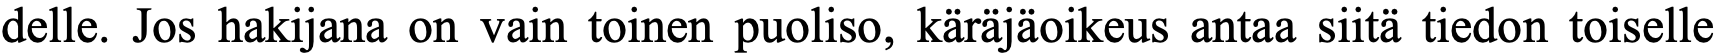
delle. Jos hakijana on vain toinen puoliso, käräjäoikeus antaa siitä tiedon toiselle